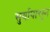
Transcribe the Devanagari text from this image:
सुर्यापासुन